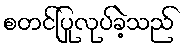
စတင်ပြုလုပ်ခဲ့သည်